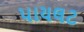
પાયલટ